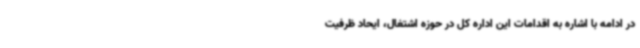
در ادامه با اشاره به اقدامات این اداره کل در حوزه اشتغال، ایحاد ظرفیت